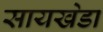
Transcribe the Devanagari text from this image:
सायखेडा